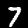
Digit: 7